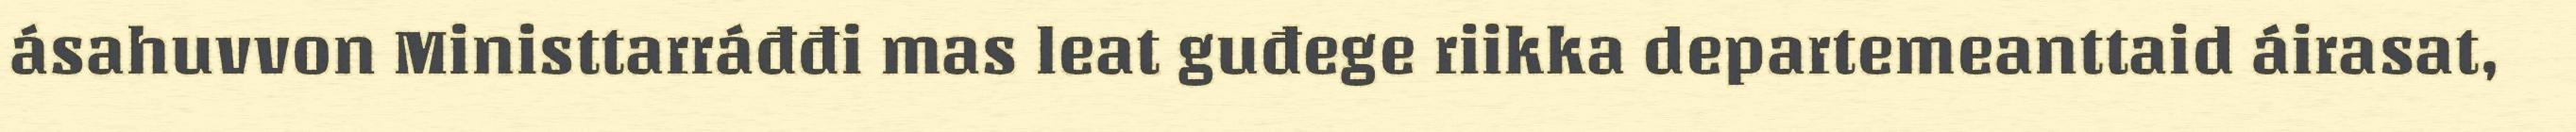
ásahuvvon Ministtarráđđi mas leat guđege riikka departemeanttaid áirasat,